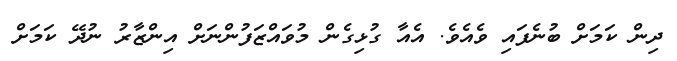
ދިން ކަމަށް ބުނެފައި ވެއެވެ. އެއާ ގުޅިގެން މުވައްޒަފުންނަށް އިންޒާރު ނުދޭ ކަމަށް